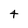
Character: t